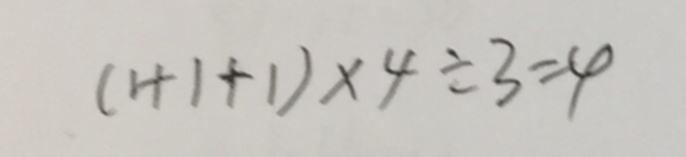
( 1 + 1 + 1 ) \times 4 \div 3 = 4